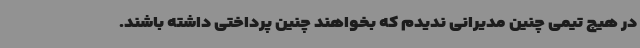
در هیچ تیمی چنین مدیرانی ندیدم که بخواهند چنین پرداختی داشته باشند.